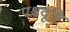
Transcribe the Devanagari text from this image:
पश्चदृष्टि